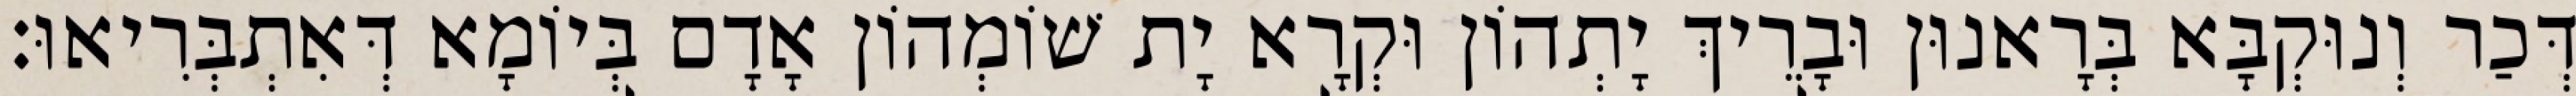
דְּכַר וְנוּקְבָּא בְּרָאנוּן וּבָרֵיךְ יָתְהוֹן וּקְרָא יָת שׁוֹמְהוֹן אָדָם בְּיוֹמָא דְּאִתְבְּרִיאוּ׃